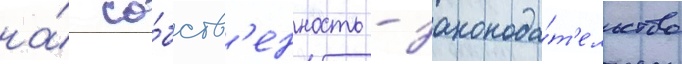
на́ со́бств'енность - законода́т'ельство